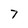
Character: 7